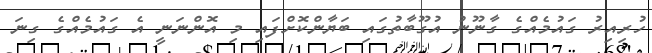
ހުރިއިރު ގައުމެއްގެ ގާނޫނު އުގޫބާތުގައި ބަޔާންކޮށްފައި މި އޮންނަނީ އެ ގައުމެއްގެ ގިނަ